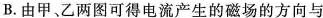
B.由甲、乙两图可得电流产生的磁场的方向与